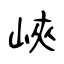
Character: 峽